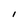
Character: l